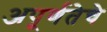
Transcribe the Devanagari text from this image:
अपूर्णतेचे